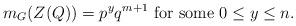
LaTeX: \begin{align*}m_G(Z(Q))=p^yq^{m+1} \mbox{ for some } 0\leq y\leq n.\end{align*}